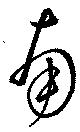
南